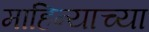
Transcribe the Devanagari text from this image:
माहिन्याच्या